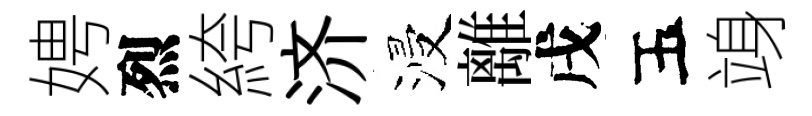
娉烈絝济浸離戌五竧